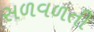
સળવળતી